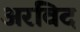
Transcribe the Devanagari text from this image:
अरविद